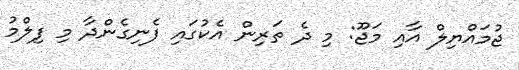
ޖުމައްޔިލް އާއި މަޖޫ: މި ދެ ތަރިން އެކުގައި ފެނިގެންދާ މި ފިލްމު